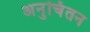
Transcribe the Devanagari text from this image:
अनुचिंतन